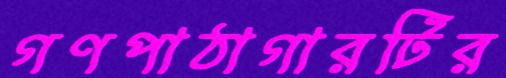
গণপাঠাগারটির